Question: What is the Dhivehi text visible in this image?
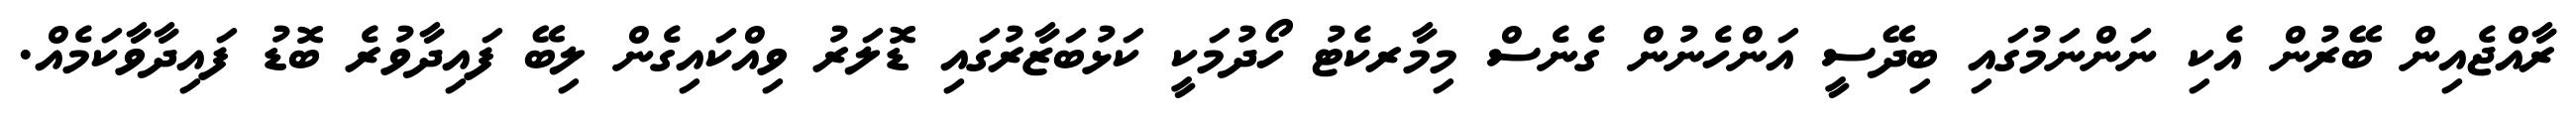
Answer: ރާއްޖެއިން ބޭރުން އެކި ނަންނަމުގައި ބިދޭސީ އަންހެނުން ގެނެސް މިމާރކެޓު ހޯދުމަކީ ކަޅުބަޒާރުގައި ޑޮލަރު ވިއްކައިގެން ލިބޭ ފައިދާވުރެ ބޮޑު ފައިދާވާކަމެއް.